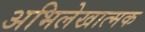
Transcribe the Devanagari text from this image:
अभिलेखात्मक